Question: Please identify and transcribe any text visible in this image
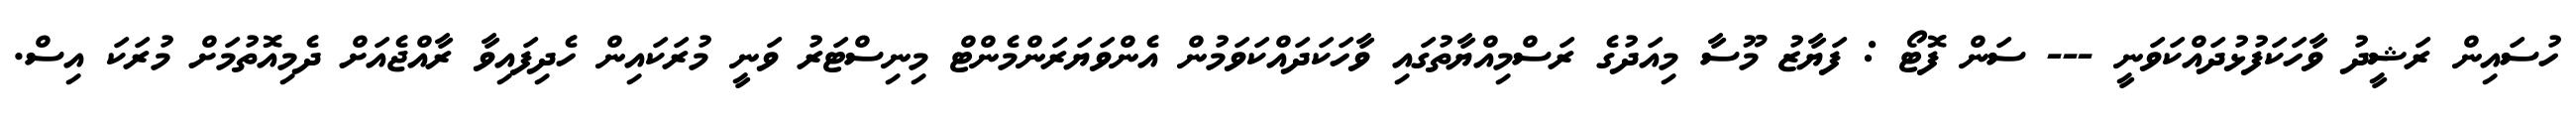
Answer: ހުސައިން ރަޝީދު ވާހަކަފުޅުދައްކަވަނީ --- ސަން ފޮޓޯ : ފަޔާޒު މޫސާ މިއަދުގެ ރަސްމިއްޔާތުގައި ވާހަކަދައްކަވަމުން އެންވަޔަރަންމެންޓް މިނިސްޓަރު ވަނީ މުރަކައިން ހެދިފައިވާ ރާއްޖެއަށް ދެމިއޮތުމަށް މުރަކަ އިސް.